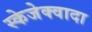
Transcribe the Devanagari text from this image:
स्केजेक्वादा